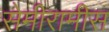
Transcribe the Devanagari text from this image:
सेमीरामीस